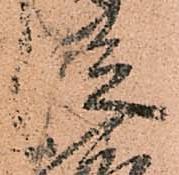
従